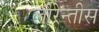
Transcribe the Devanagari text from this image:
लौरेन्तीस